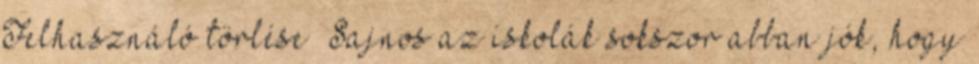
Felhasználó törlése „Sajnos az iskolák sokszor abban jók, hogy